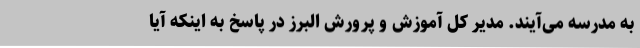
به مدرسه می‌آیند. مدیر کل آموزش و پرورش البرز در پاسخ به اینکه آیا